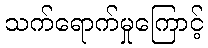
သက်ရောက်မှုကြောင့်